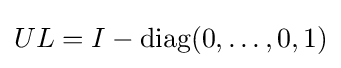
UL=I-\operatorname {diag} (0,\ldots ,0,1)